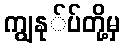
ကျွနု်ပ်တို့မှ